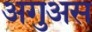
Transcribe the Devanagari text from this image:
अगुअस